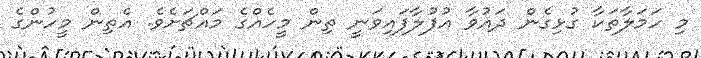
މި ހަމަލާތަކާ ގުޅިގެން ދައުވާ އުފުލާފައިވަނީ ތިން މީހެއްގެ މައްޗަށެވެ. އެތިން މީހުންގެ